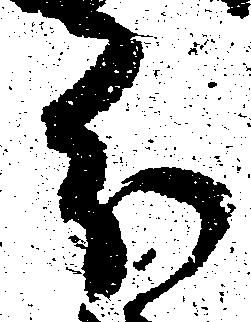
分